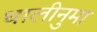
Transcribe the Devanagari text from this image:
थालीनुमा